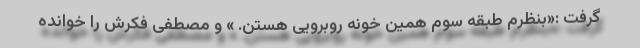
گرفت :«بنظرم طبقه سوم همین خونه روبرویی هستن. » و مصطفی فکرش را خوانده